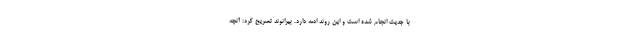
با جدیت انجام شده است و این روند ادمه دارد. بیرانوند تصریح کرد: آنچه